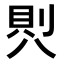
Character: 𭁒